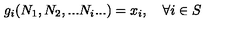
g _ { i } ( N _ { 1 } , N _ { 2 } , . . . N _ { i } . . . ) = x _ { i } , \quad \forall i \in S